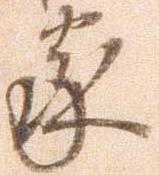
家